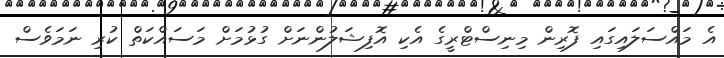
އެ މައްސަލައިގައި ފޮރިން މިނިސްޓްރީގެ އެކި އޮފިޝަލުންނަށް ގުޅުމަށް މަސައްކަތް ކުރި ނަމަވެސް